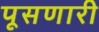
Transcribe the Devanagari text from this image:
पूसणारी